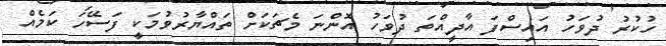
ހުކުރު ދުވަހު އައިސްފަ އާދީއްތަ ދުވަހު އޮންނަ މެޗަކަށް ތައްޔާރުވުމަކީ ފަސޭހަ ކަމެއް